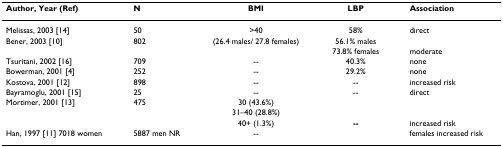
<table><thead><tr><td><b>Author, Year (Ref)</b></td><td><b>N</b></td><td><b>BMI</b></td><td><b>LBP</b></td><td><b>Association</b></td></tr></thead><tbody><tr><td>Melissas, 2003 [14]</td><td>50</td><td>&gt;40</td><td>58%</td><td>direct</td></tr><tr><td>Bener, 2003 [10]</td><td>802</td><td>(26.4 males/ 27.8 females)</td><td>56.1% males</td><td></td></tr><tr><td></td><td></td><td></td><td>73.8% females</td><td>moderate</td></tr><tr><td>Tsuritani, 2002 [16]</td><td>709</td><td>--</td><td>40.3%</td><td>none</td></tr><tr><td>Bowerman, 2001 [4]</td><td>252</td><td>--</td><td>29.2%</td><td>none</td></tr><tr><td>Kostova, 2001 [12]</td><td>898</td><td>--</td><td>--</td><td>increased risk</td></tr><tr><td>Bayramoglu, 2001 [15]</td><td>25</td><td>--</td><td>--</td><td>direct</td></tr><tr><td>Mortimer, 2001 [13]</td><td>475</td><td>30 (43.6%)</td><td></td><td></td></tr><tr><td></td><td></td><td>31–40 (28.8%)</td><td></td><td></td></tr><tr><td></td><td></td><td>40+ (1.3%)</td><td><b>--</b></td><td>increased risk</td></tr><tr><td>Han, 1997 [11] 7018 women</td><td>5887 men NR</td><td>--</td><td></td><td>females increased risk</td></tr></tbody></table>